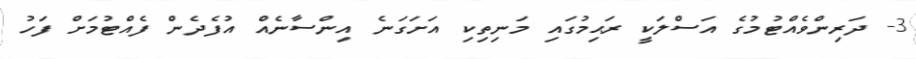
3- ދަރިންވެއްޓުމުގެ އަސްލަކީ ރަޙިމުގައި މަނިތިކި އަށަގަނެ އިންސާނެއް އުފެދެން ފެއްޓުމަށް ފަހު